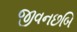
જીવનછબિ